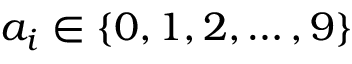
a _ { i } \in \{ 0 , 1 , 2 , \ldots , 9 \}